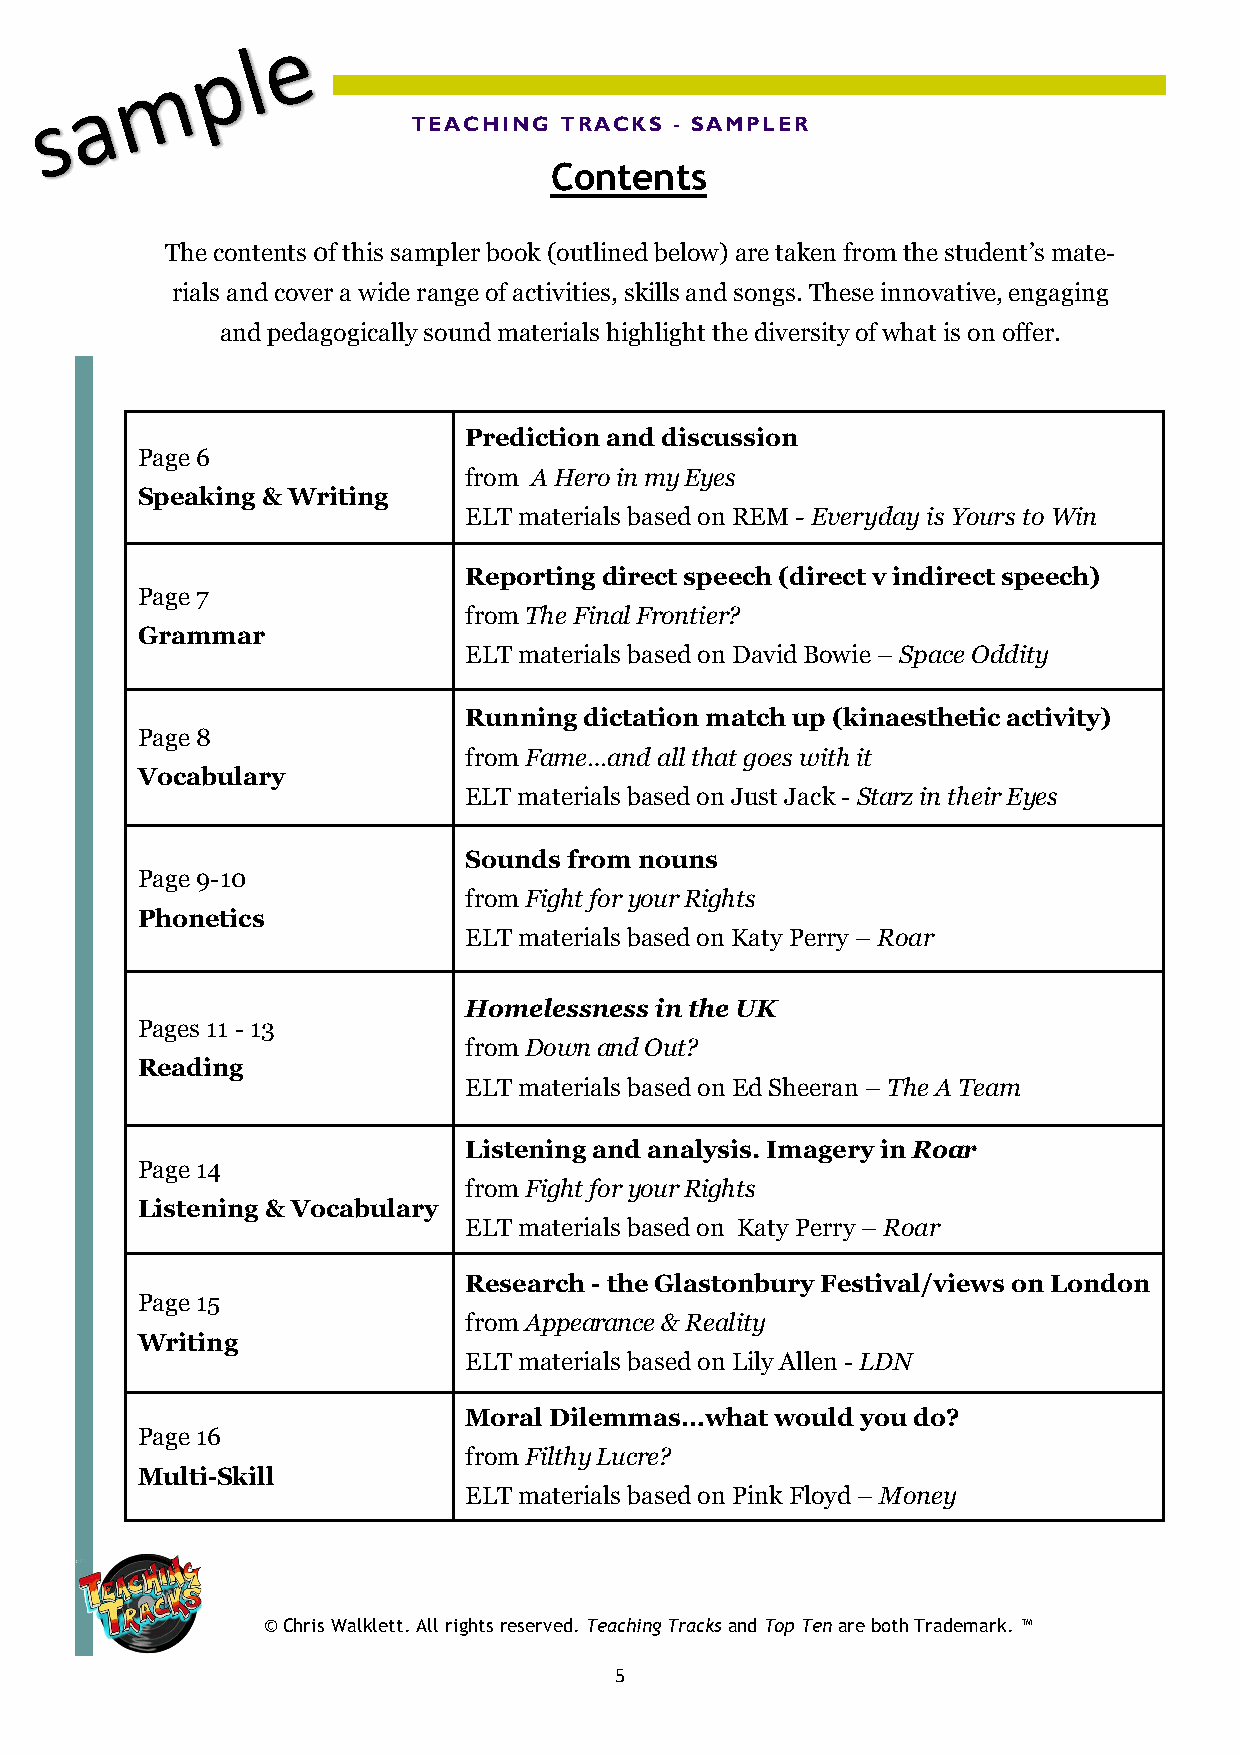
TEACHING  TRACKS  - SAMPLER
 Contents
 The contents 0f this sampler book (outlined below) are taken from the student’s mate-
 rials and cover a wide range of activities, skills and songs. These innovative, engaging
 and pedagogically sound materials highlight the diversity of what is on offer.
 Prediction and discussion
 Page 6
 from A Hero in my Eyes
 Speaking & Writing
 ELT materials based on REM - Everyday is Yours to Win
 Reporting direct speech (direct v indirect speech)
 Page 7
 from The Final Frontier?
 Grammar
 ELT materials based on David Bowie – Space Oddity
 Running dictation match up (kinaesthetic activity)
 Page 8
 from Fame…and all that goes with it
 Vocabulary
 ELT materials based on Just Jack - Starz in their Eyes
 Sounds from nouns
 Page 9-10
 from Fight for your Rights
 Phonetics
 ELT materials based on Katy Perry – Roar
 Homelessness in the UK
 Pages 11 - 13
 from Down and Out?
 Reading
 ELT materials based on Ed Sheeran – The A Team
 Listening and analysis. Imagery in Roar
 Page 14
 from Fight for your Rights
 Listening & Vocabulary
 ELT materials based on Katy Perry – Roar
 Research - the Glastonbury Festival/views on London
 Page 15
 from Appearance & Reality
 Writing
 ELT materials based on Lily Allen - LDN
 Moral Dilemmas…what would you do?
 Page 16
 from Filthy Lucre?
 Multi-Skill
 ELT materials based on Pink Floyd – Money
 © Chris Walklett. All rights reserved. Teaching Tracks and Top Ten are both Trademark. ™
 5